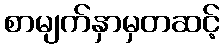
စာမျက်နှာမှတဆင့်